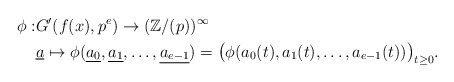
\begin{align*}\phi :& G'(f(x), p^e) \rightarrow (\mathbb{Z}/(p))^{\infty} \\& \underline{a} \mapsto \phi(\underline{a_{0}}, \underline{a_1},\ldots, \underline{a_{e-1}})=\big(\phi(a_0(t), a_1(t),\ldots, a_{e-1}(t))\big)_{t \ge 0}.\end{align*}